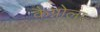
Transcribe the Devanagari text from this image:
कैग्नोला